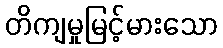
တိကျမှုမြင့်မားသော